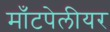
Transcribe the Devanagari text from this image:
माँटपेलीयर